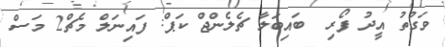
ވަގުތު އީދު ފޯރި  ބައިބަލާ ޗެލެންޖް ކަޕް: ފައިނަލް މެޗް2 މަސް